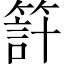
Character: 𥰇